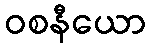
ဝစနီယော